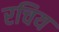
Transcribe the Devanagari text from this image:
रचिय